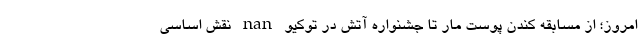
امروز؛ از مسابقه کندن پوست مار تا جشنواره آتش در توکیو nan نقش اساسی